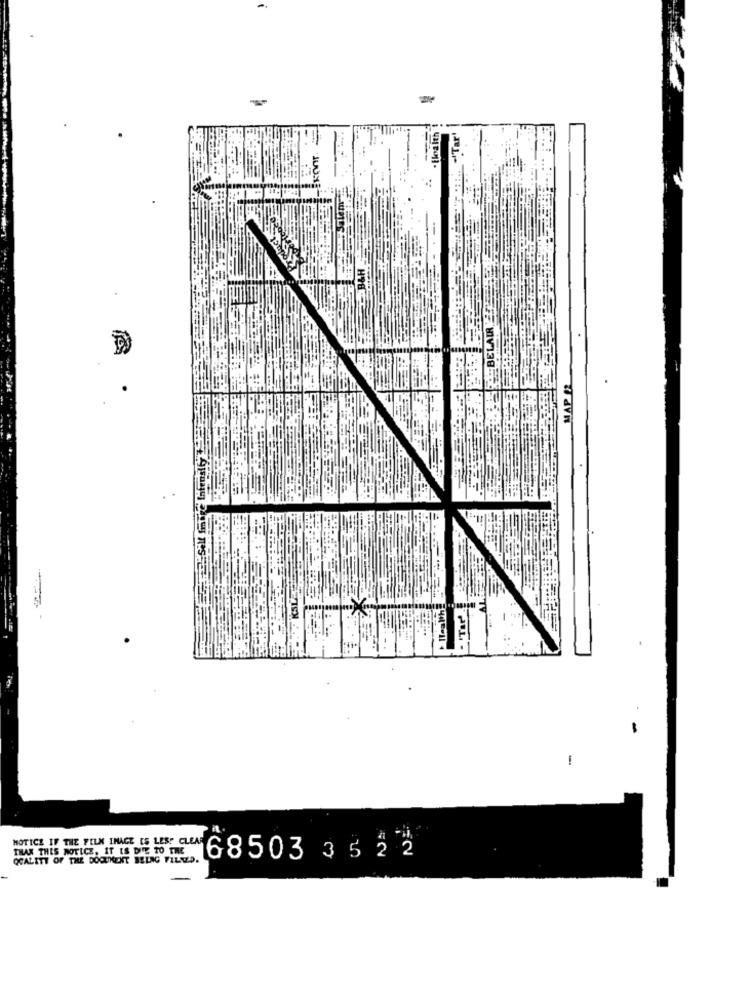
-
BELAIR,
MAP 2
-
NOTICE IF THE FILM IMAGE IS LESS CLEAR
THAT THIS NOTICE. IT IS DIE TO THE
QUALITY OF THE DOCUMENT BEING FILLED.
68503
3522